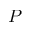
P